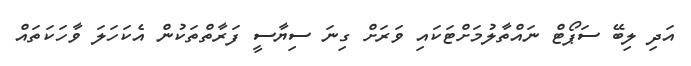
އަދި ލިބޭ ސަޕޯޓް ނައްތާލުމަށްޓަކައި ވަރަށް ގިނަ ސިޔާސީ ފަރާތްތަކުން އެކަހަލަ ވާހަކަތައް